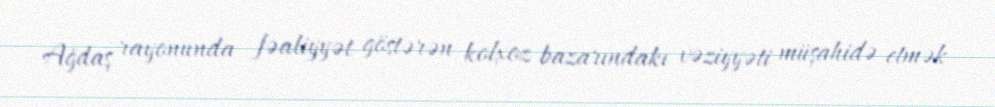
Ağdaş rayonunda fəaliyyət göstərən kolxoz bazarındakı vəziyyəti müşahidə etmək